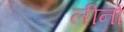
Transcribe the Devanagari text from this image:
लीनों